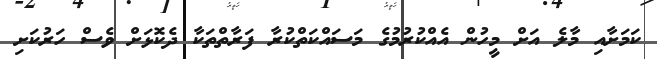
ކަމަށާއި މާލެ އަށް މީހުން އެއްކުރުމުގެ މަސައްކަތްކުރާ ފަރާތްތަކާ ދެކޮޅަށް ވެސް ހަރުކަށި